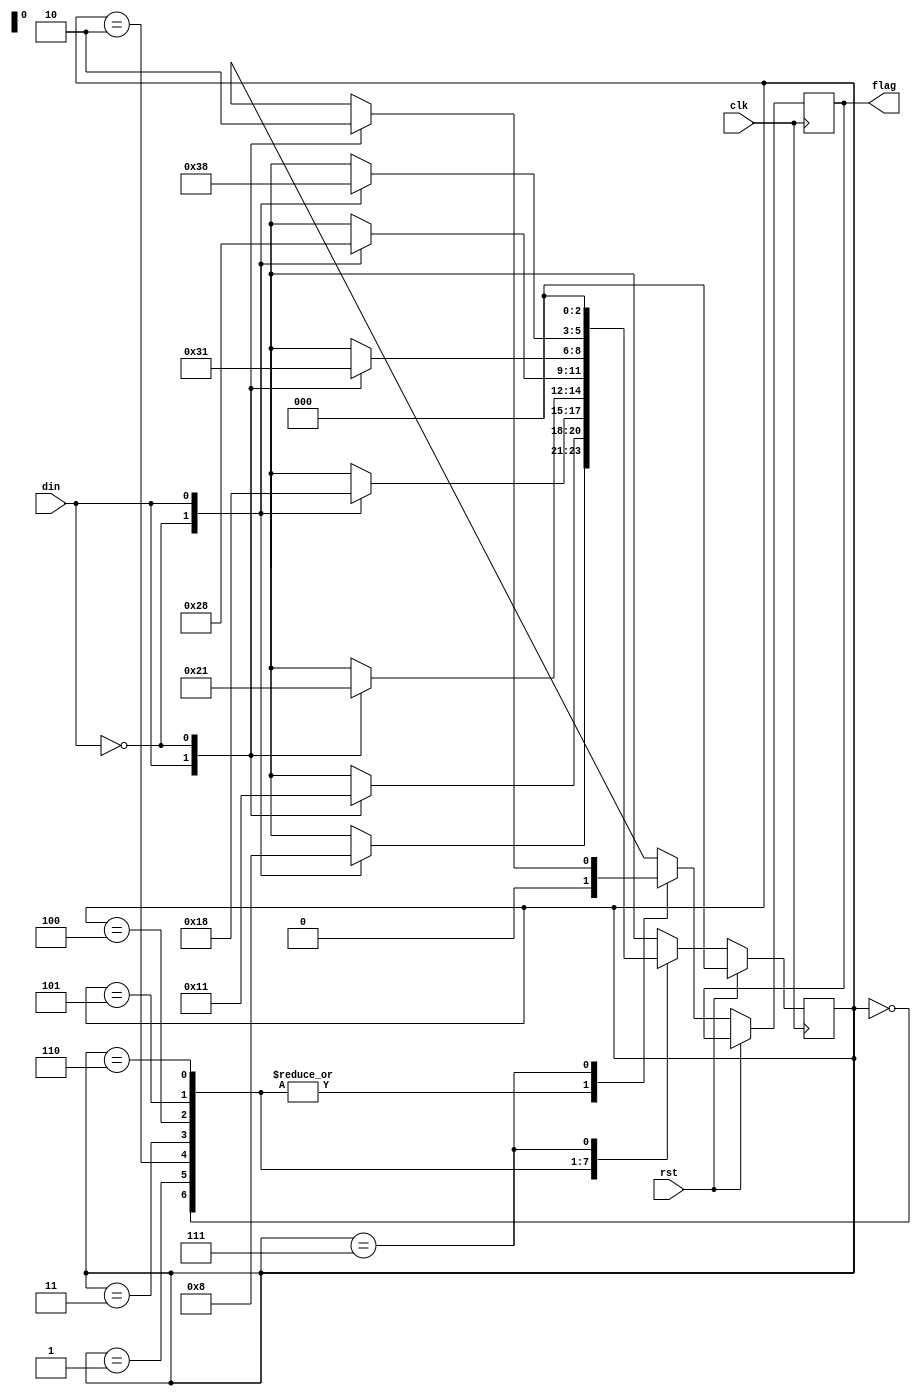
/*
  state0: xxxxxxxx
  state1: xxxxxxx0
  state2: xxxxxx10
  state3: xxxxx010
  state4: xxxx1010
  state5: xxx01010
  state6: xx101010
  state7: x0101010
*/

module mealy(output reg flag, input din, clk, rst);
  
  reg[2:0] state;
  
  always @(posedge clk)
  begin
    if (rst == 1)
      begin
        state = 3'b000;
      end
    else
      begin
        case (state)
          3'b000:
          begin
            flag = 0;
            case (din)
              0: state = 3'b001;
              1: state = 3'b000;
            endcase
          end
          3'b001:
          begin
            flag = 0;
            case (din)
              1: state = 3'b010;
              0: state = 3'b001;
            endcase
          end
          3'b010:
          begin
            flag = 0;
            case (din)
              0: state = 3'b011;
              1: state = 3'b000;
            endcase
          end
          3'b011:
          begin
            flag = 0;
            case (din)
              1: state = 3'b100;
              0: state = 3'b001;
            endcase
          end
          3'b100:
          begin
            flag = 0;
            case (din)
              0: state = 3'b101;
              1: state = 3'b000;
            endcase
          end
          3'b101:
          begin
            flag = 0;
            case (din)
              1: state = 3'b110;
              0: state = 3'b001;
            endcase
          end
          3'b110:
          begin
            flag = 0;
            case (din)
              0: state = 3'b111;
              1: state = 3'b000;
            endcase
          end
          3'b111:
          begin
            case (din)
              1: 
              begin
                flag = 1;
                state = 3'b000;
              end
              0: 
              begin
                flag = 0;
                state = 3'b000;
              end
            endcase
          end
        endcase
      end
    end  
  
endmodule